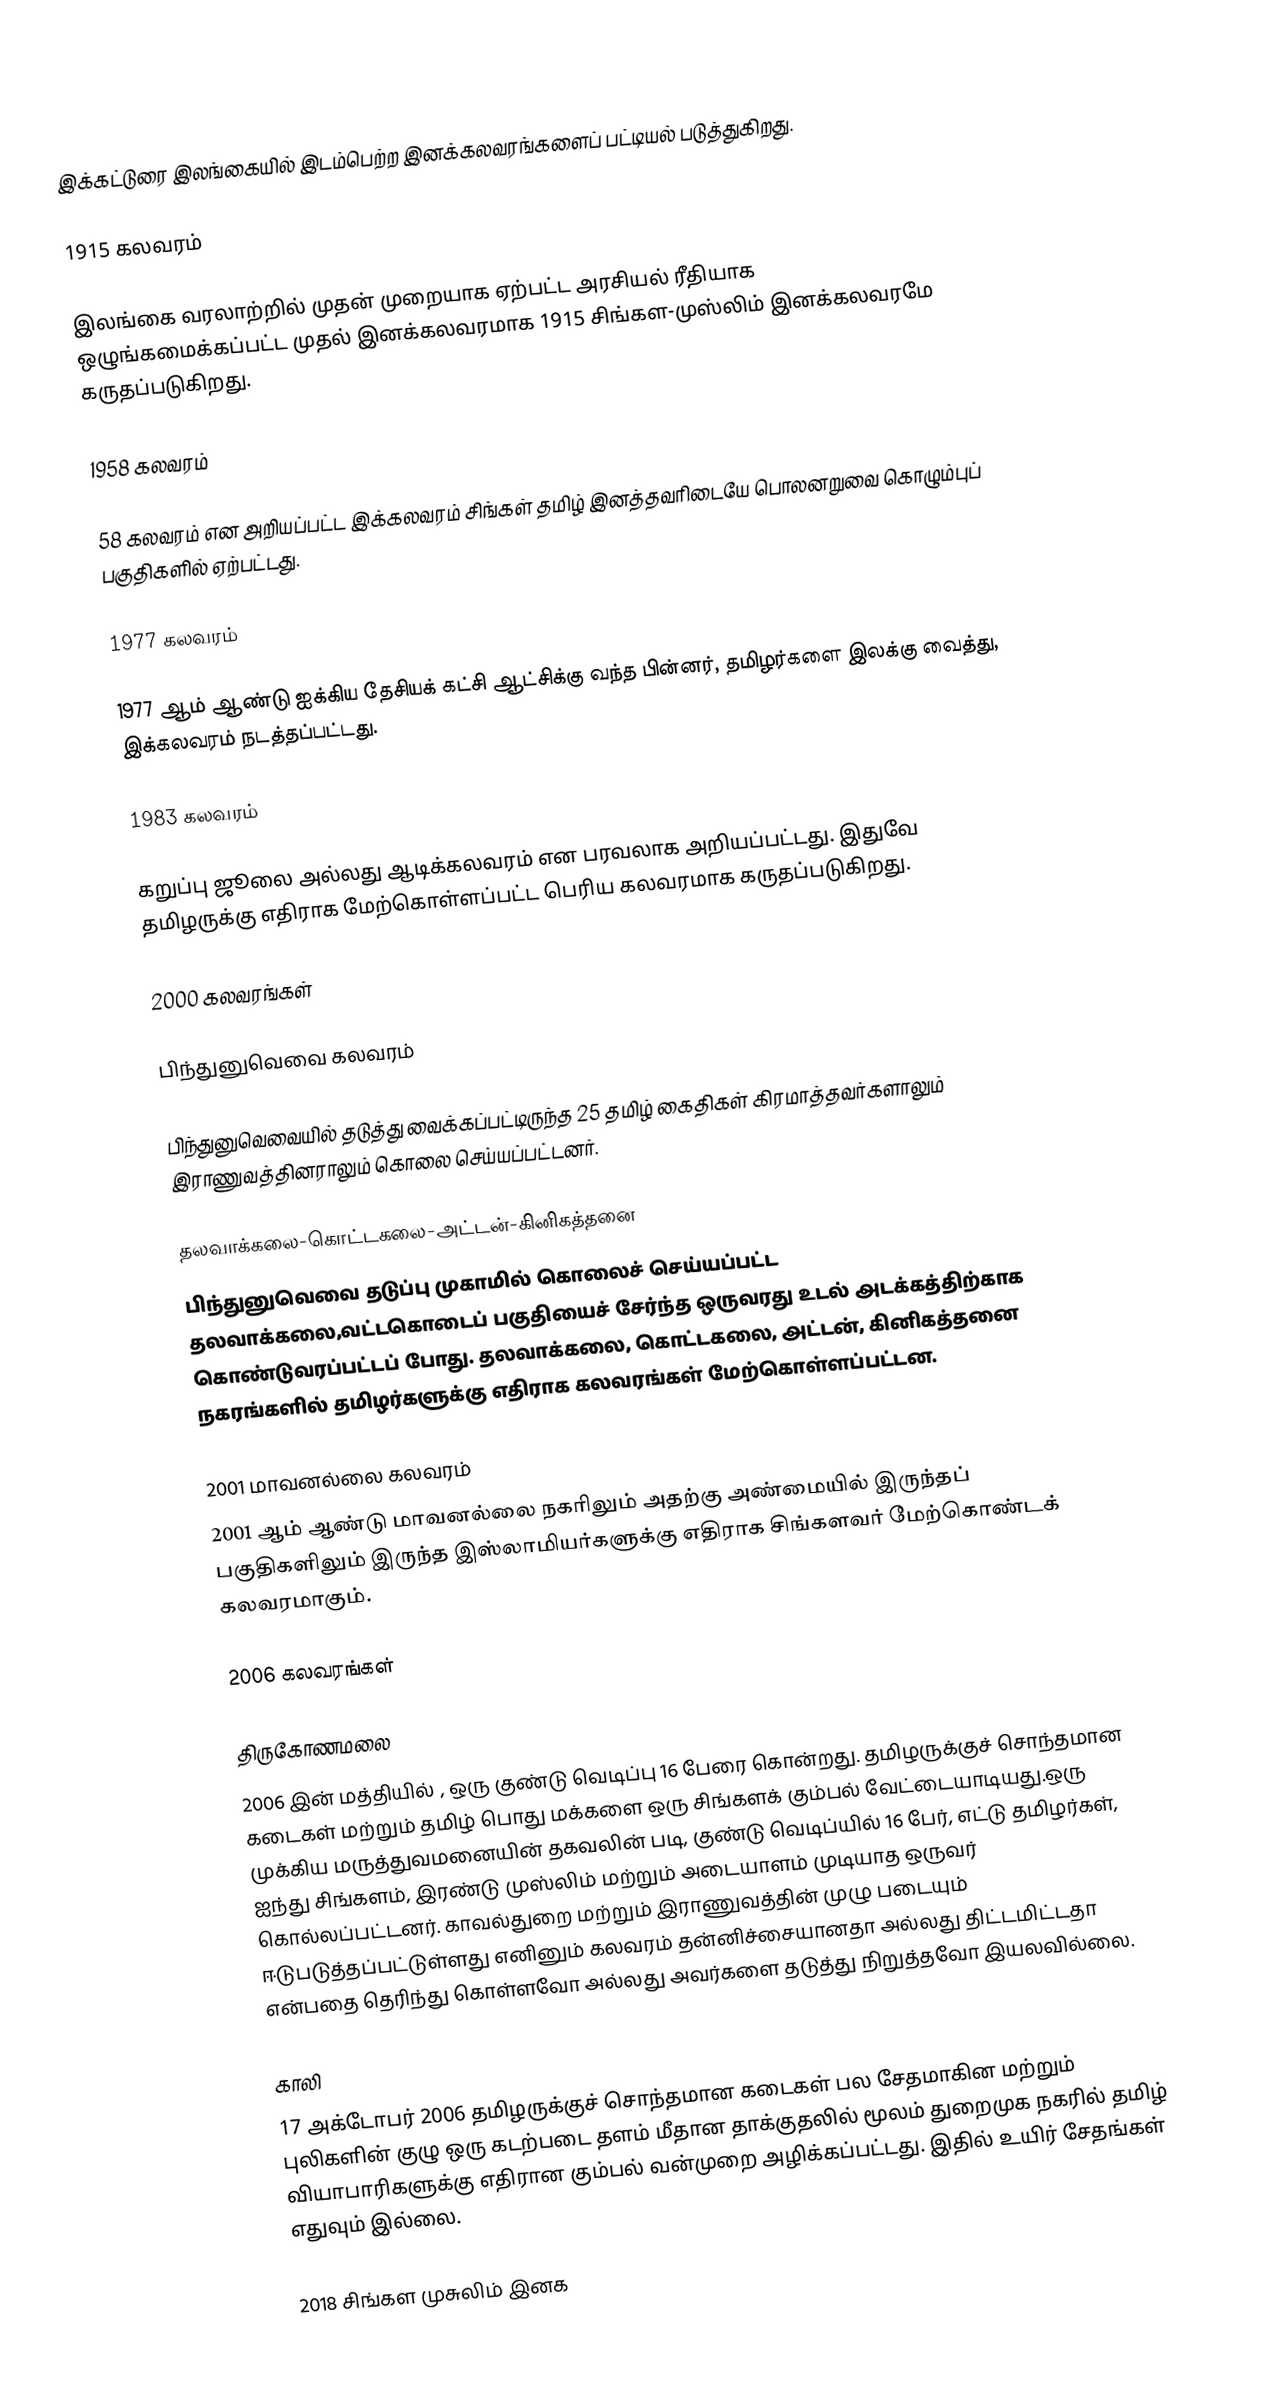
இக்கட்டுரை இலங்கையில் இடம்பெற்ற இனக்கலவரங்களைப் பட்டியல் படுத்துகிறது.

1915 கலவரம்

இலங்கை வரலாற்றில் முதன் முறையாக ஏற்பட்ட அரசியல் ரீதியாக ஒழுங்கமைக்கப்பட்ட முதல் இனக்கலவரமாக 1915 சிங்கள-முஸ்லிம் இனக்கலவரமே கருதப்படுகிறது.

1958 கலவரம்

58 கலவரம் என அறியப்பட்ட இக்கலவரம் சிங்கள் தமிழ் இனத்தவரிடையே பொலனறுவை கொழும்புப் பகுதிகளில் ஏற்பட்டது.

1977 கலவரம்

1977 ஆம் ஆண்டு ஐக்கிய தேசியக் கட்சி ஆட்சிக்கு வந்த பின்னர், தமிழர்களை இலக்கு வைத்து, இக்கலவரம் நடத்தப்பட்டது.

1983 கலவரம்

கறுப்பு ஜூலை அல்லது ஆடிக்கலவரம் என பரவலாக அறியப்பட்டது. இதுவே தமிழருக்கு எதிராக மேற்கொள்ளப்பட்ட பெரிய கலவரமாக கருதப்படுகிறது.

2000 கலவரங்கள்

பிந்துனுவெவை கலவரம்

பிந்துனுவெவையில் தடுத்து வைக்கப்பட்டிருந்த 25 தமிழ் கைதிகள் கிரமாத்தவர்களாலும் இராணுவத்தினராலும் கொலை செய்யப்பட்டனர்.

தலவாக்கலை-கொட்டகலை-அட்டன்-கினிகத்தனை
பிந்துனுவெவை தடுப்பு முகாமில் கொலைச் செய்யப்பட்ட தலவாக்கலை,வட்டகொடைப் பகுதியைச் சேர்ந்த ஒருவரது உடல் அடக்கத்திற்காக கொண்டுவரப்பட்டப் போது. தலவாக்கலை,  கொட்டகலை, அட்டன், கினிகத்தனை நகரங்களில் தமிழர்களுக்கு எதிராக கலவரங்கள் மேற்கொள்ளப்பட்டன.

2001 மாவனல்லை கலவரம்
2001 ஆம் ஆண்டு மாவனல்லை நகரிலும் அதற்கு அண்மையில் இருந்தப் பகுதிகளிலும் இருந்த இஸ்லாமியர்களுக்கு எதிராக சிங்களவர் மேற்கொண்டக் கலவரமாகும்.

2006 கலவரங்கள்

திருகோணமலை
2006 இன் மத்தியில் , ஒரு குண்டு வெடிப்பு 16 பேரை கொன்றது. தமிழருக்குச் சொந்தமான கடைகள் மற்றும் தமிழ் பொது மக்களை ஒரு சிங்களக் கும்பல் வேட்டையாடியது.ஒரு முக்கிய மருத்துவமனையின் தகவலின் படி, குண்டு வெடிப்யில் 16 பேர், எட்டு தமிழர்கள், ஐந்து சிங்களம், இரண்டு முஸ்லிம் மற்றும் அடையாளம் முடியாத ஒருவர் கொல்லப்பட்டனர். காவல்துறை மற்றும் இராணுவத்தின் முழு படையும் ஈடுபடுத்தப்பட்டுள்ளது எனினும் கலவரம் தன்னிச்சையானதா அல்லது திட்டமிட்டதா என்பதை தெரிந்து கொள்ளவோ அல்லது அவர்களை தடுத்து நிறுத்தவோ இயலவில்லை.

காலி
17 அக்டோபர் 2006 தமிழருக்குச் சொந்தமான கடைகள் பல சேதமாகின மற்றும் புலிகளின்  குழு ஒரு கடற்படை தளம் மீதான தாக்குதலில் மூலம் துறைமுக நகரில் தமிழ் வியாபாரிகளுக்கு எதிரான கும்பல் வன்முறை அழிக்கப்பட்டது. இதில் உயிர் சேதங்கள் எதுவும் இல்லை.

2018 சிங்கள முசுலிம் இனக